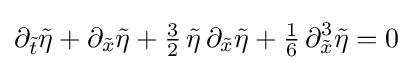
\partial _{\tilde {t}}{\tilde {\eta }}+\partial _{\tilde {x}}{\tilde {\eta }}+{\tfrac {3}{2}}\,{\tilde {\eta }}\,\partial _{\tilde {x}}{\tilde {\eta }}+{\tfrac {1}{6}}\,\partial _{\tilde {x}}^{3}{\tilde {\eta }}=0